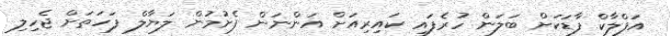
އަފްލާކް ފާޑަކަށް ބަލަން ހުރެފައި ކައިރިއަށް އަންނަން ފެށުމުން ލަޔާލް ފަހަތަށް ޖެހިލި